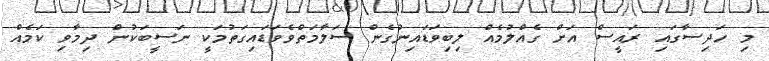
މި ހަދިސާގައި ރައީސް އަށް ގެއްލުމެއް ލިބިވަޑައިނުގެން ސަލާމަތްވެވަޑައިގަތުމަކީ ނަސީބަކުން ދިމާވި ކަމެއް